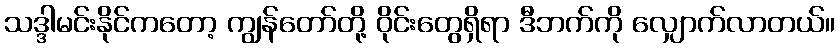
သဒ္ဒါမင်းနိုင်ကတော့ ကျွန်တော်တို့ ဝိုင်းတွေရှိရာ ဒီဘက်ကို လျှောက်လာတယ်။